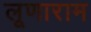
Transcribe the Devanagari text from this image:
लूणाराम